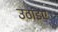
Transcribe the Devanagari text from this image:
उठाइए